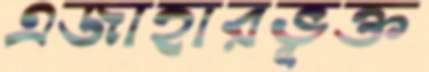
এজাহারভূক্ত